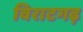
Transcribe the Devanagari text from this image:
विराटगढ़